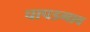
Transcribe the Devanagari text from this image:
चापडगाव